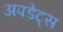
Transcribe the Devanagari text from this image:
अपडेट्स